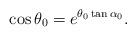
LaTeX: \begin{gather*} \cos\theta_0=e^{\theta_0\tan\alpha_0} .\end{gather*}